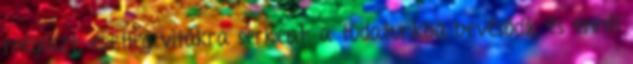
megoszt, esetleg vitákra serkent, a tudatunkba bevésődik és ennél